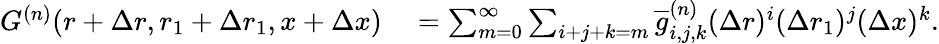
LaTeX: \begin{array}{rl}{G^{(n)}(r+\Delta r,r_{1}+\Delta r_{1},x+\Delta x)}&{{}=\sum_{m=0}^{\infty}\sum_{i+j+k=m}\overline{{g}}_{i,j,k}^{(n)}(\Delta r)^{i}(\Delta r_{1})^{j}(\Delta x)^{k}.}\end{array}